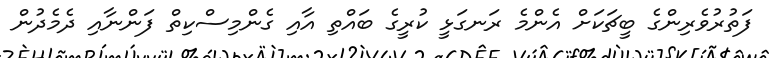
ފަތުރުވެރިންގެ ބީޗަކަށް އެންމެ ރަނގަޅީ ކުރީގެ ބައްތި އާއި ގެންމިސްކިތް ފަންނާއި ދެމެދުން